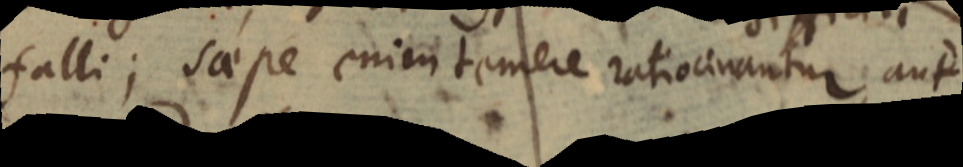
falli; saepe enim temere ratiocinantur, aut